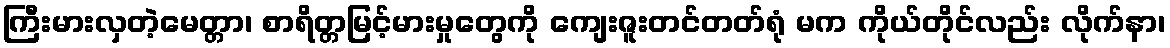
ကြီးမားလှတဲ့မေတ္တာ၊ စာရိတ္တမြင့်မားမှုတွေကို ကျေးဇူးတင်တတ်ရုံ မက ကိုယ်တိုင်လည်း လိုက်နာ၊